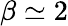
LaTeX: \beta\simeq 2